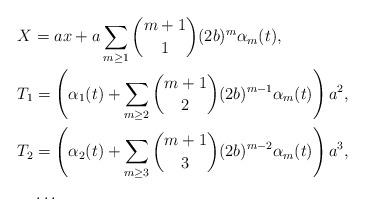
LaTeX: \begin{align*}&X=ax+a\sum_{m\ge1}\binom{m+1}{1}(2b)^m\alpha_m(t),\\&T_1=\left(\alpha_1(t)+\sum_{m\ge2}\binom{m+1}{2}(2b)^{m-1}\alpha_m(t)\right)a^2,\\&T_2=\left(\alpha_2(t)+\sum_{m\ge3}\binom{m+1}{3}(2b)^{m-2}\alpha_m(t)\right)a^3,\\&\quad\ldots\end{align*}